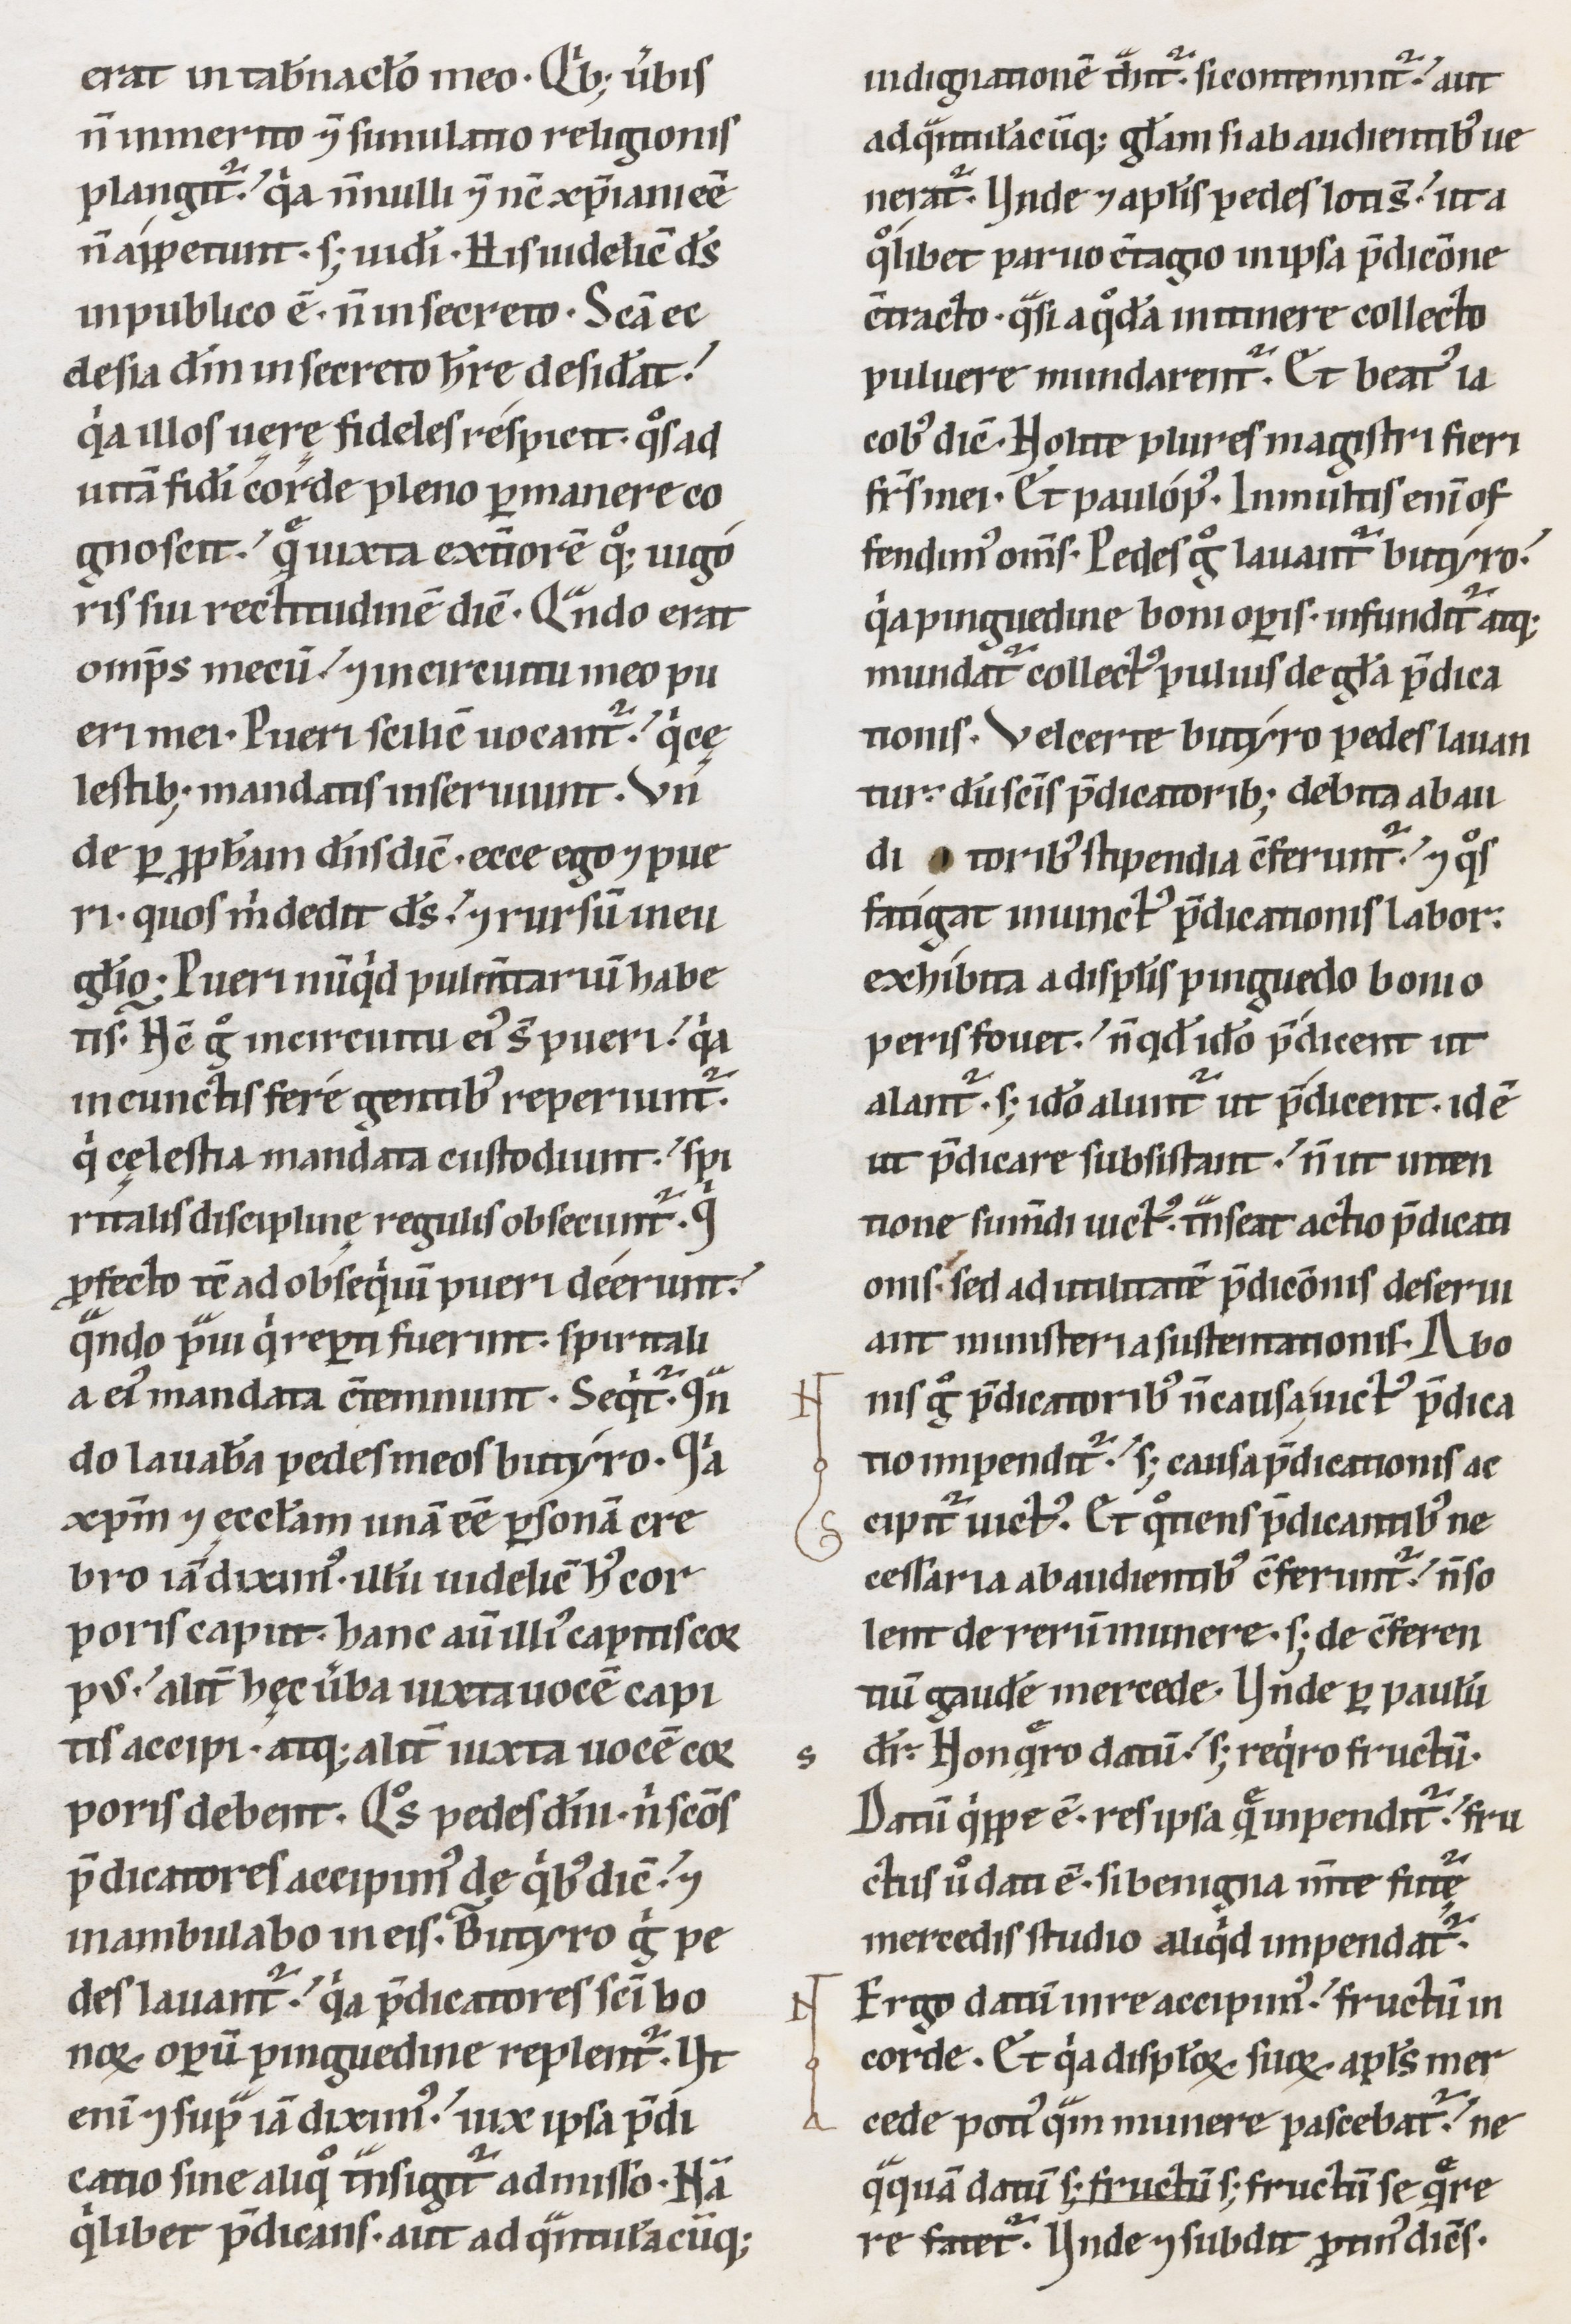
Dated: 1100–1199